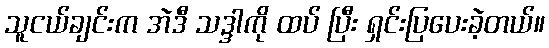
သူငယ်ချင်းက အဲဒီ သဒ္ဒါကို ထပ် ပြီး ရှင်းပြပေးခဲ့တယ်။